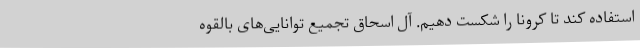
استفاده کند تا کرونا را شکست دهیم. آل اسحاق تجمیع توانایی‌های بالقوه